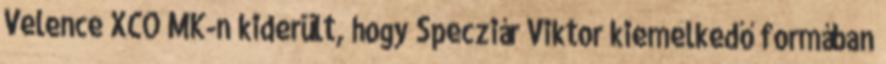
Velence XCO MK-n kiderült, hogy Specziár Viktor kiemelkedő formában